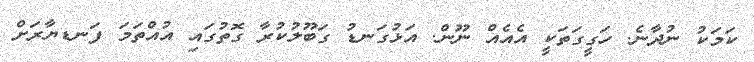
ކަމަކު ނުދާނެ. ހަގީގަތަކީ އެއެއް ނޫން. އަޅުގަނޑު ގަބޫލުކުރާ ގޮތުގައި އުއްތަމަ ފަނޑޔާރަށް